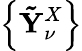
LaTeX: \left\{ \mathbf{\tilde{Y}}_{\nu}^{X}\right\}